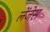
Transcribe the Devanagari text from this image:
लेंजेस